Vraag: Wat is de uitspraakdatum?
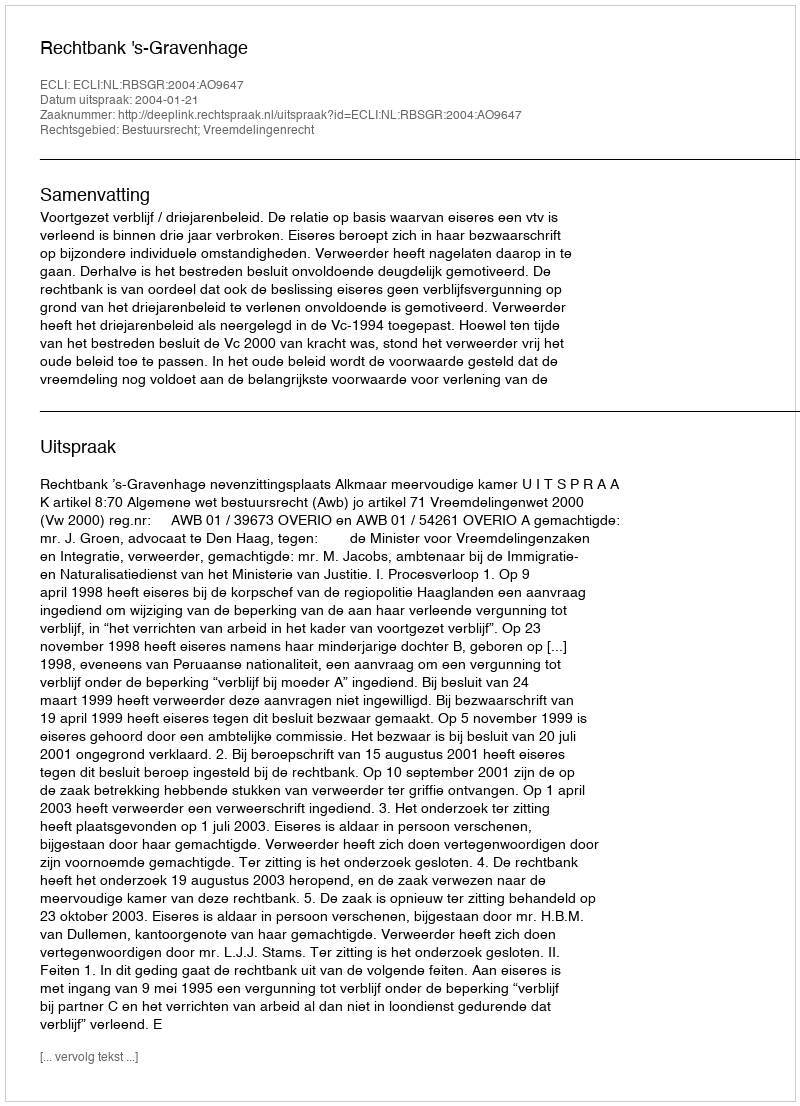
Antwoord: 2004-01-21